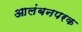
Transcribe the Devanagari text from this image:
आलंबनपरक